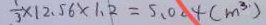
\frac { 1 } { 3 } \times 1 2 . 5 6 \times 1 . 2 = 5 . 0 2 4 ( m ^ { 3 } )